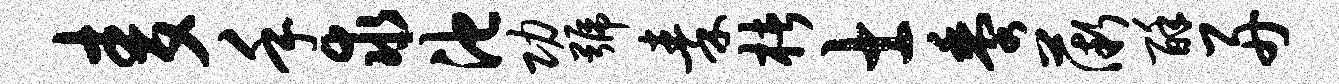
麦手求池功号秦楮士黍薇酥舟